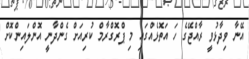
އޭނާ ވިދާޅުވީ ރާއްޖޭގެ ހަ އަތޮޅެއްގައި މި ޕްރޮގްރާމް ކުރިއަށް ގެންދާނީ އޮންލައިންކޮށް